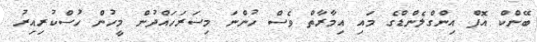
ބޭންކް އޮފް އިންގްލެންޑްގެ މައި އިމާރާތް ވެސް ހުންނަ މިސަރަހައްދުން މީހުން ހުސްކުރިއިރު